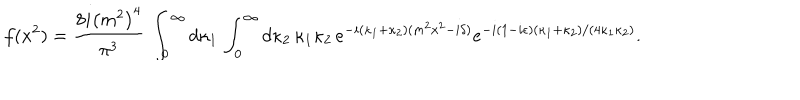
LaTeX: f ( x ^ { 2 } ) = { \frac { 8 i \left( m ^ { 2 } \right) ^ { 4 } } { \pi ^ { 3 } } } \, \int _ { 0 } ^ { \infty } d \kappa _ { 1 } \, \int _ { 0 } ^ { \infty } d \kappa _ { 2 } \, \kappa _ { 1 } \kappa _ { 2 } \, e ^ { - i ( \kappa _ { 1 } + \kappa _ { 2 } ) ( m ^ { 2 } x ^ { 2 } - i \delta ) } e ^ { - i ( 1 - i \epsilon ) ( \kappa _ { 1 } + \kappa _ { 2 } ) / ( 4 \kappa _ { 1 } \kappa _ { 2 } ) } .